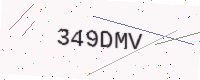
Text: 349DMV